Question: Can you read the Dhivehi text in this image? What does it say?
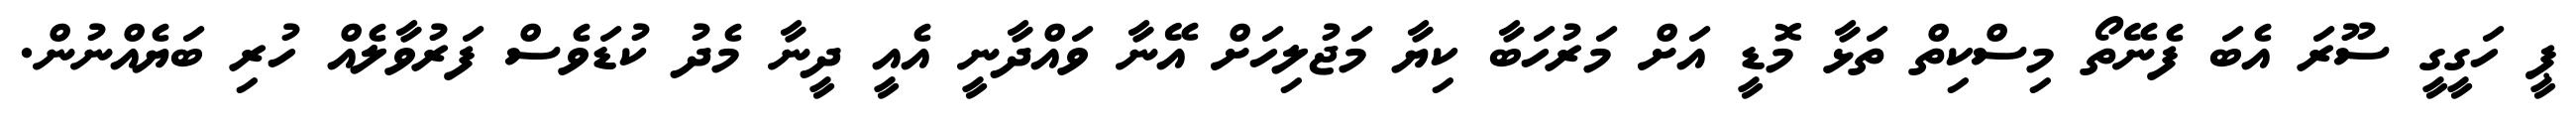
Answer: ޕީ ހަގީގީ ސޫރަ އެބަ ފެނޭތޯ މިސްކިތް ތަޅާ މޮޑީ އަށް މަރުހަބާ ކިޔާ މަޖުލިހަށް އޭނާ ވައްދާނީ އެއީ ދީނާ މެދު ކުޑަވެސް ފަރުވާލެއް ހުރި ބަޔެއްނުން.